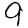
Digit: 9